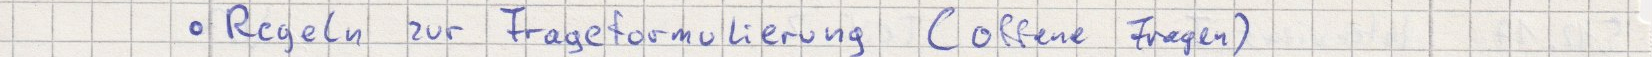
Regeln zur Frageformulierung (offene Fragen)